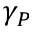
\gamma _ { P }